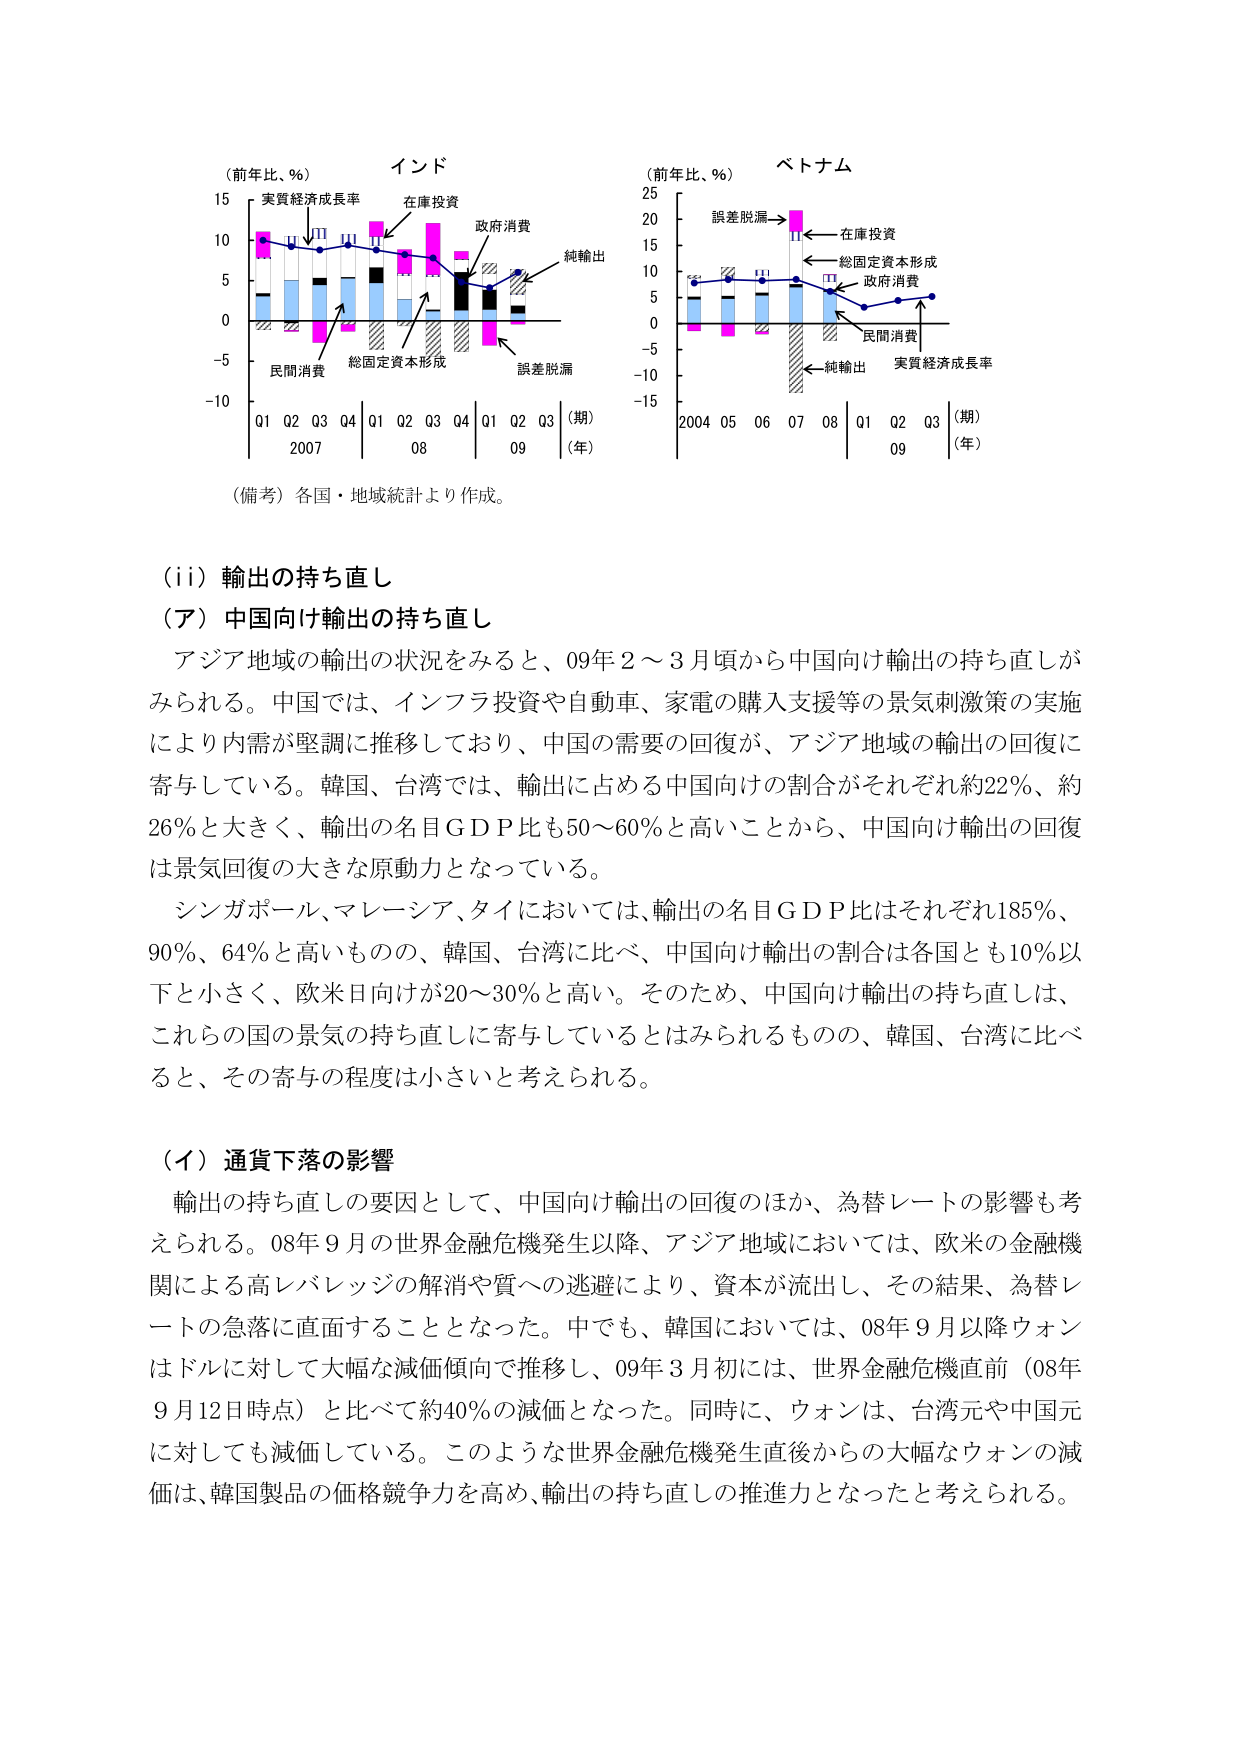
（前年比、％） インド
15
実質経済成長率
在庫投資
政府消費
純輸出
10
5
0
-5
-10
Q1 Q2 Q3 Q4 Q1 Q2 Q3 Q4 Q1 Q2 Q3 （期）
2007 08 09 （年）
民間消費
総固定資本形成
誤差脱漏
（備考）各国・地域統計より作成。

（前年比、％） ベトナム
25
誤差脱漏
在庫投資
総固定資本形成
政府消費
15
10
5
0
-5
-10
-15
2004 05 06 07 08 Q1 Q2 Q3 （期）
（年）
民間消費
純輸出
実質経済成長率

（ii）輸出の持ち直し
（ア）中国向け輸出の持ち直し
アジア地域の輸出の状況をみると、09年2～3月頃から中国向け輸出の持ち直しがみられる。中国では、インフラ投資や自動車、家電の購入支援等の景気刺激策の実施により内需が堅調に推移しており、中国の需要の回復が、アジア地域の輸出の回復に寄与している。韓国、台湾では、輸出に占める中国向けの割合がそれぞれ約22％、約26％と大きく、輸出の名目ＧＤＰ比も50～60％と高いことから、中国向け輸出の回復は景気回復の大きな原動力となっている。
シンガポール、マレーシア、タイにおいては、輸出の名目ＧＤＰ比はそれぞれ185％、90％、64％と高いものの、韓国、台湾に比べ、中国向け輸出の割合は各国とも10％以下と小さく、欧米日向けが20～30％と高い。そのため、中国向け輸出の持ち直しは、これらの国の景気の持ち直しに寄与しているとはみられるものの、韓国、台湾に比べると、その寄与の程度は小さいと考えられる。

（イ）通貨下落の影響
輸出の持ち直しの要因として、中国向け輸出の回復のほか、為替レートの影響も考えられる。08年9月の世界金融危機発生以降、アジア地域においては、欧米の金融機関による高レバレッジの解消や質への逃避により、資本が流出し、その結果、為替レートの急落に直面することとなった。中でも、韓国においては、08年9月以降ウォンはドルに対して大幅な減価傾向で推移し、09年3月初には、世界金融危機直前（08年9月12日時点）と比べて約40％の減価となった。同時に、ウォンは、台湾元や中国元に対しても減価している。このような世界金融危機発生直後からの大幅なウォンの減価は、韓国製品の価格競争力を高め、輸出の持ち直しの推進力となったと考えられる。